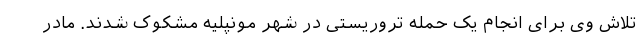
تلاش وی برای انجام یک حمله تروریستی در شهر مونپلیه مشکوک شدند. مادر